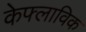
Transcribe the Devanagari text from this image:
केफ्लाविक